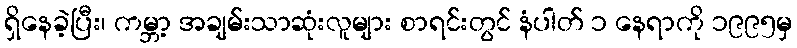
ရှိနေခဲ့ပြီး၊ ကမ္ဘာ့ အချမ်းသာဆုံးလူများ စာရင်းတွင် နံပါတ် ၁ နေရာကို ၁၉၉၅မှ